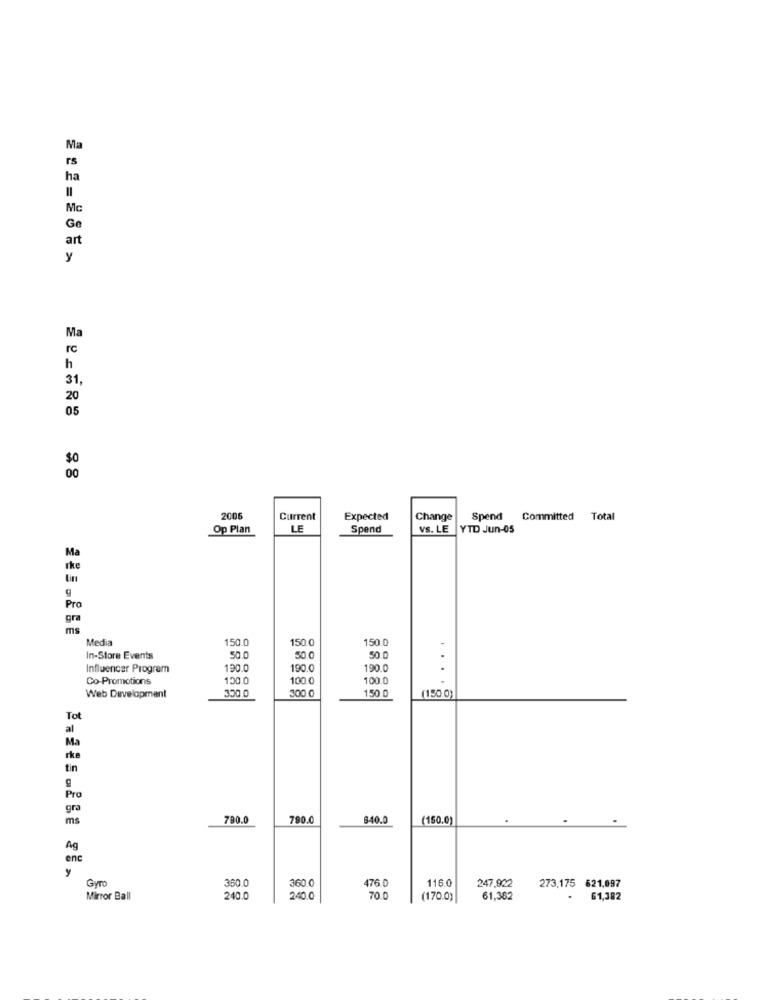
Ma
rs
ha
Mc
Ge
art
y
Ma
rc
h
31,
20
05
$0
00
2006
Current
Expected
Change
Spend Committed Total
Op Plan
LE
Spend
VS. LE
YTD Jun-05
Ma
The
Pro
gra
ms
Media
150.0
150.0
150.
In-Store Events
50.0
50.0
Influencer Program
190.0
190.0
190.0
Co-Promotions
130.0
100.0
100.
350.0
300.0
(150.0
Web Development
150.0
Tot
al
Ma
rka
tin
g
Pro
gra
ms
780.0
790.0
6-40.0
(150.0)
Ag
enc
y
Giro
360.
360.0
476.0
116.0
247,922
273,175 621,097
Mirror Ball
240.0
240.0
70.0
(170.0)
61,382
.
61,382